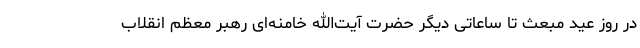
در روز عید مبعث تا ساعاتی دیگر حضرت آیت‌الله خامنه‌ای رهبر معظم انقلاب